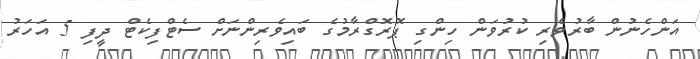
އަންހެނުން ބާރުވެރި ކުރުވަން ހިންގި ޕޮރޮގްރާމުގެ ބައިވެރިންނަށް ސެޓްފިކެޓް ދީފި 5 އަހަރު